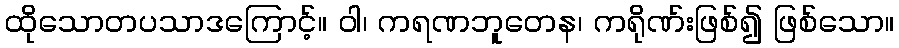
ထိုသောတပသာဒကြောင့်။ ဝါ၊ ကရဏဘူတေန၊ ကရိုဏ်းဖြစ်၍ ဖြစ်သော။